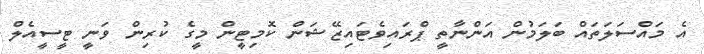
އެ މައްސަލަތައް ބަލަމުން އަންނާތީ ޕްރައިވެޓައިޒޭޝަން ކޮމިޓީން މީގެ ކުރިން ވަނީ ޓީސީއެލް